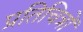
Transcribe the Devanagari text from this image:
प्रतिचित्रों